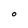
Character: O